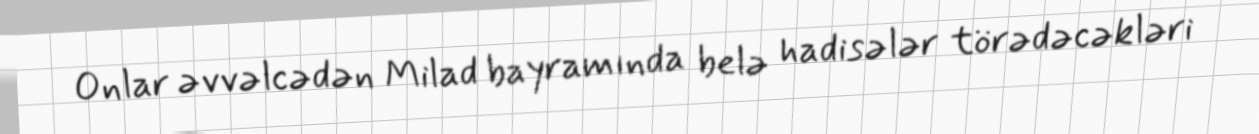
Onlar əvvəlcədən Milad bayramında belə hadisələr törədəcəkləri